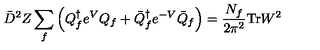
\bar { D } ^ { 2 } Z \sum _ { f } \left( { Q } _ { f } ^ { \dagger } e ^ { V } { Q } _ { f } + \bar { Q } _ { f } ^ { \dagger } e ^ { - V } \bar { Q } _ { f } \right) = \frac { N _ { f } } { 2 \pi ^ { 2 } } \mathrm { T r } W ^ { 2 }